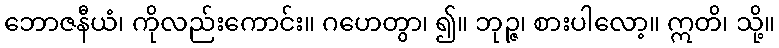
ဘောဇနီယံ၊ ကိုလည်းကောင်း။ ဂဟေတွာ၊ ၍။ ဘုဉ္ဇ၊ စားပါလော့။ ဣတိ၊ သို့။